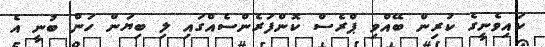
ކައިވެނީގެ ކުރިން ބޭއްވި ޕްރެސް ކޮންފަރެންސެއްގައި ލި ބިޔަން ހަން ބުނީ އެ